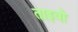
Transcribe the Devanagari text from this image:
ताइवो